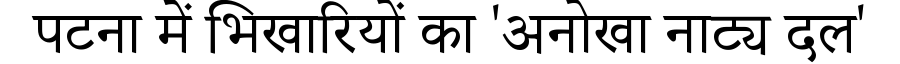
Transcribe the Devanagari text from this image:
पटना में भिखारियों का 'अनोखा नाट्य दल'